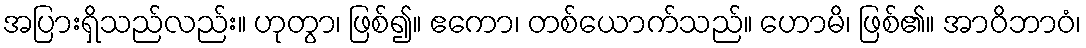
အပြားရှိသည်လည်း။ ဟုတွာ၊ ဖြစ်၍။ ဧကော၊ တစ်ယောက်သည်။ ဟောမိ၊ ဖြစ်၏။ အာဝိဘာဝံ၊